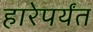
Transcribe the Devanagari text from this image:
हारेपर्यंत